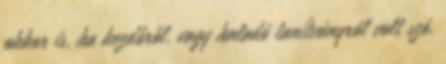
akkor is, ha kezdőről, vagy haladó tanítványról volt szó.